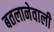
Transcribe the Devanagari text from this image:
बतलानेवाली